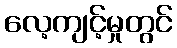
လေ့ကျင့်မှုတွင်